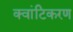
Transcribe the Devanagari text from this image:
क्वांटिकरण